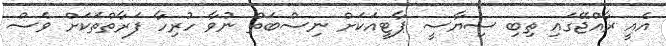
އެއީ ރާއްޖޭގައި ތިބި ސިޔާސީ ޕާޓީއަކަށް ނިސްބަތް ނުވާ ހުރިހާ ފަރާތްތަކަށް ވެސް